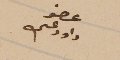
عضو داود عسى